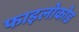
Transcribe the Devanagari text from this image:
फाइलोकोड